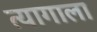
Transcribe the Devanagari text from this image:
त्यागाला